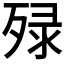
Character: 𬆚